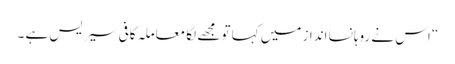
“ اس نے روہانسا انداز میں کہا تو مجھے لگا معاملہ کافی سیریس ہے ۔